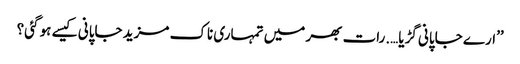
’’ارے جاپانی گڑیا….رات بھر میں تمہاری ناک مزید جاپانی کیسے ہو گئی؟